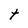
Character: t